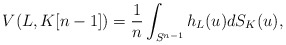
\begin{align*}V(L, K[n-1])=\frac{1}{n}\int_{S^{n-1}} h_L(u) dS_K(u),\end{align*}